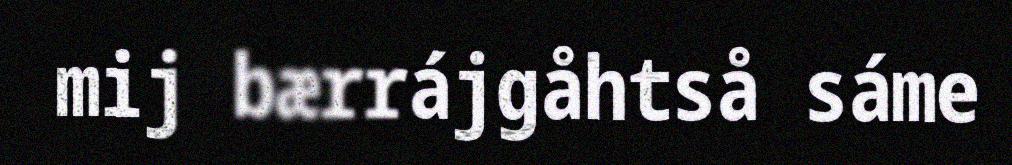
mij bærrájgåhtså sáme